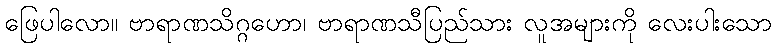
ဖြေပါလော။ ဗာရာဏသိဂ္ဂဟော၊ ဗာရာဏသီပြည်သား လူအများကို လေးပါးသော